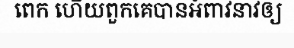
ពេក ហើយពួកគេបានអំពាវនាវឲ្យ